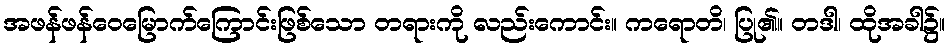
အဖန်ဖန်ဝေမြောက်ကြောင်းဖြစ်သော တရားကို လည်းကောင်း။ ကရောတိ၊ ပြု၏။ တဒါ၊ ထိုအခါ၌။